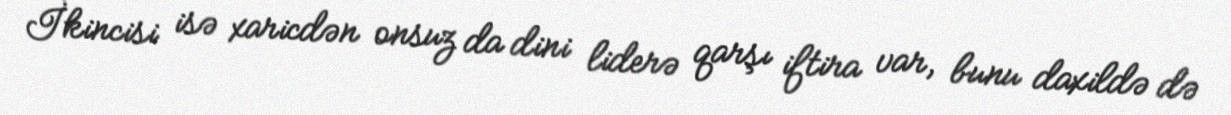
İkincisi isə xaricdən onsuz da dini liderə qarşı iftira var, bunu daxildə də